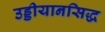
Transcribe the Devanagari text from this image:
उड्डीयानसिद्ध